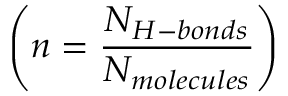
\left( n = \frac { N _ { H - b o n d s } } { N _ { m o l e c u l e s } } \right)